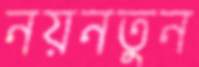
নয়নতুন